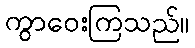
ကွာဝေးကြသည်။